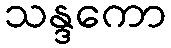
သန္ဒကော